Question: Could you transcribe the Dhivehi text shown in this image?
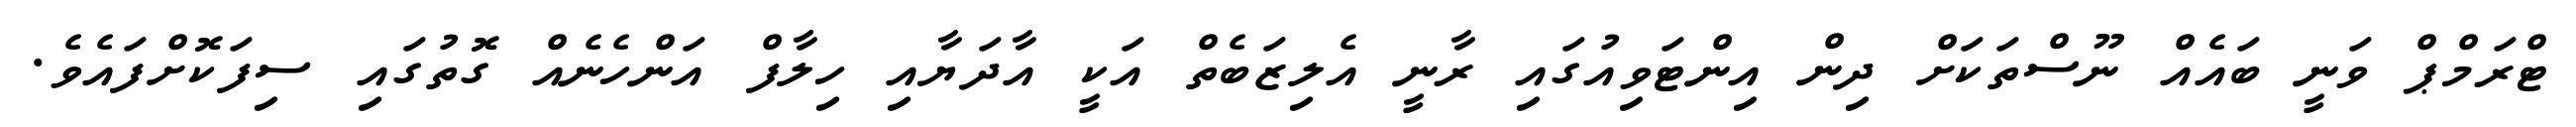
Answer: ޓްރަމްޕް ވަނީ ބައެއް ނޫސްތަކަށް ދިން އިންޓަވިއުގައި ރާނީ އެލިޒަބެތް އަކީ އާދަޔާއި ހިލާފް އަންހެނެއް ގޮތުގައި ސިފަކޮށްފައެވެ.